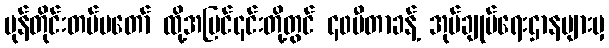
မုန်တိုင်းတပ်မတော် ထို့အပြင်၎င်းတို့တွင် ၄၀မီတာခန့် အုပ်ချုပ်ရေးဌာနများမှ